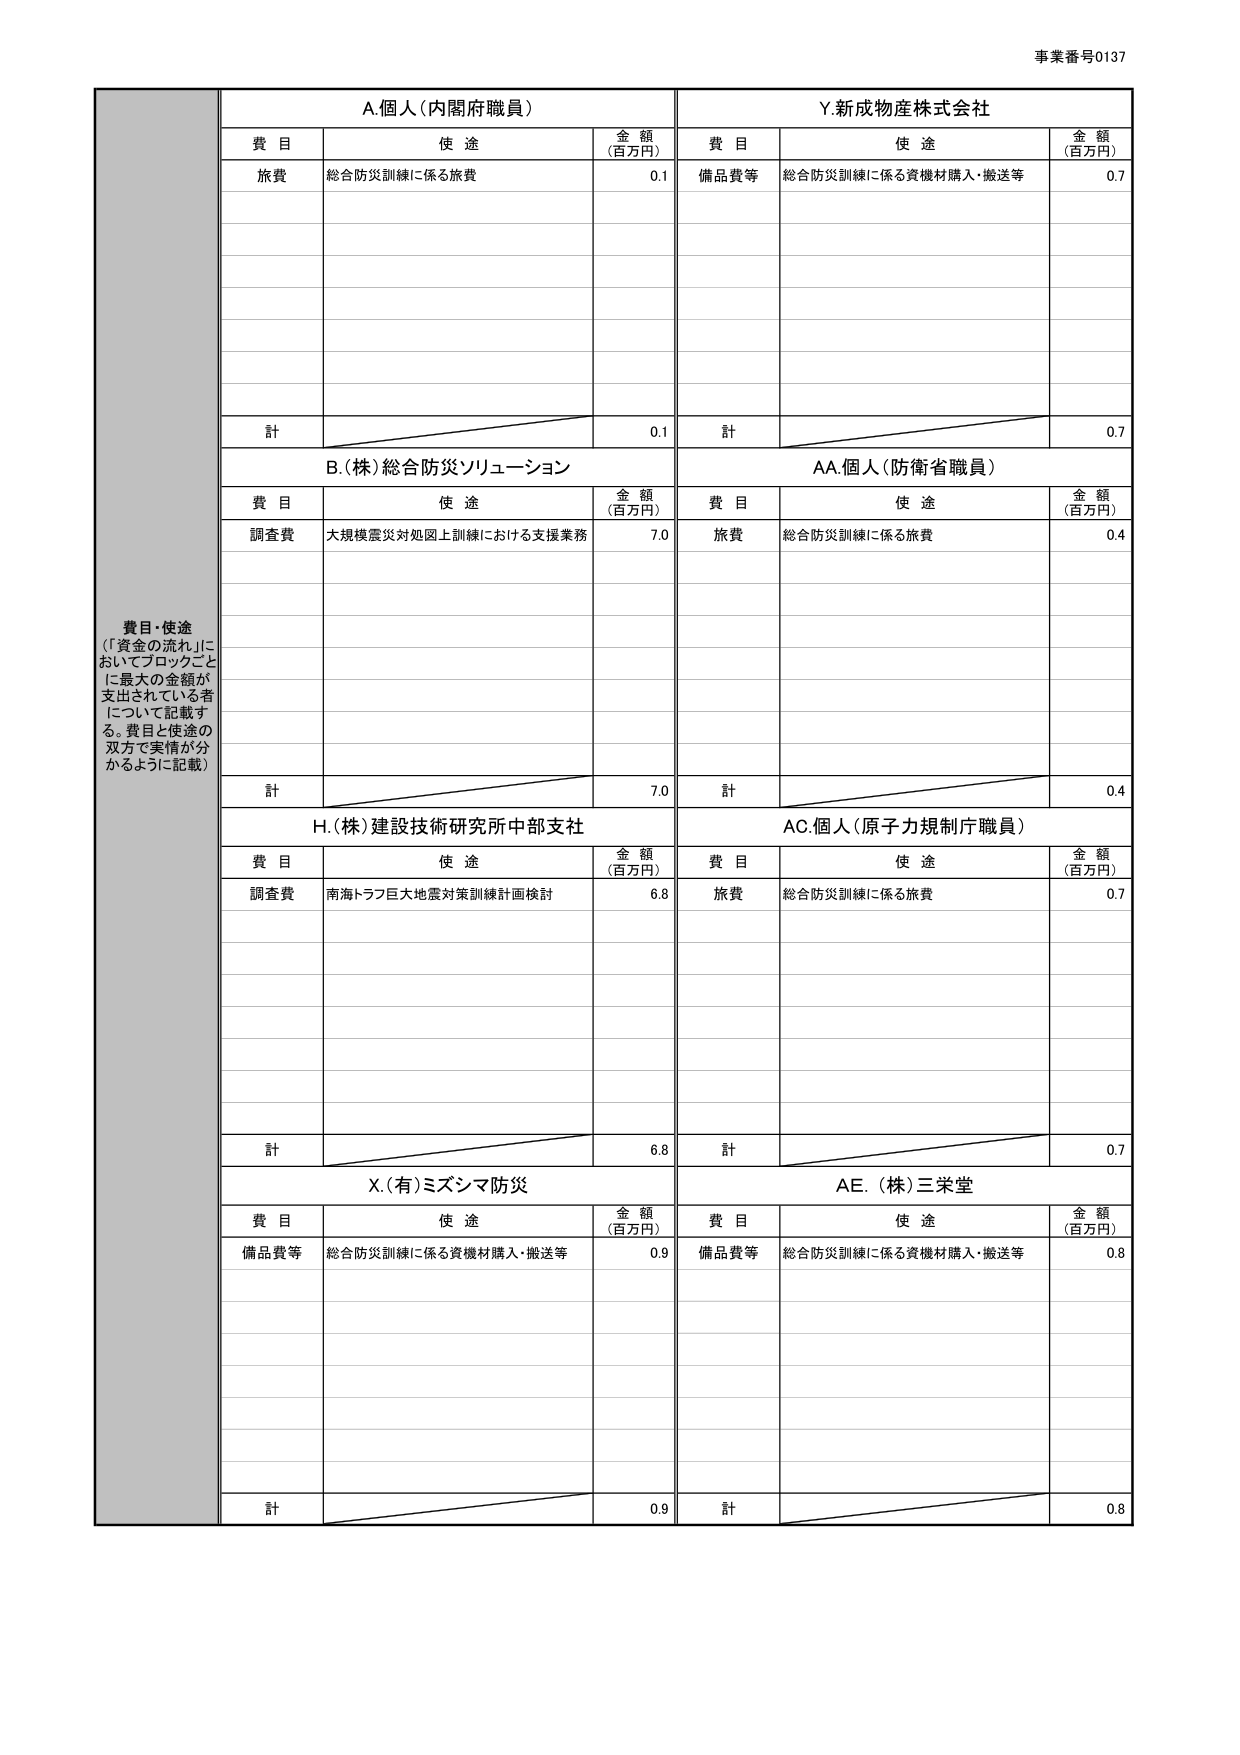
事業番号0137

費目・使途
（「資金の流れ」に
おいてブロックごと
に最大の金額が
支出されている者
について記載す
る。費目と使途の
双方で実情が分
かるように記載）

A.個人（内閣府職員）
費目　　使途　　　　　　　　　　　　金額（百万円）
旅費　　総合防災訓練に係る旅費　　　　0.1
計　　　　　　　　　　　　　　　　　0.1

Y.新成物産株式会社
費目　　使途　　　　　　　　　　　　金額（百万円）
備品費等　総合防災訓練に係る資機材購入・搬送等　0.7
計　　　　　　　　　　　　　　　　　0.7

B.（株）総合防災ソリューション
費目　　使途　　　　　　　　　　　　金額（百万円）
調査費　大規模震災対処図上訓練における支援業務　7.0
計　　　　　　　　　　　　　　　　　7.0

AA.個人（防衛省職員）
費目　　使途　　　　　　　　　　　　金額（百万円）
旅費　　総合防災訓練に係る旅費　　　　0.4
計　　　　　　　　　　　　　　　　　0.4

H.（株）建設技術研究所中部支社
費目　　使途　　　　　　　　　　　　金額（百万円）
調査費　南海トラフ巨大地震対策訓練計画検討　6.8
計　　　　　　　　　　　　　　　　　6.8

AC.個人（原子力規制庁職員）
費目　　使途　　　　　　　　　　　　金額（百万円）
旅費　　総合防災訓練に係る旅費　　　　0.7
計　　　　　　　　　　　　　　　　　0.7

X.（有）ミズシマ防災
費目　　使途　　　　　　　　　　　　金額（百万円）
備品費等　総合防災訓練に係る資機材購入・搬送等　0.9
計　　　　　　　　　　　　　　　　　0.9

AE.（株）三栄堂
費目　　使途　　　　　　　　　　　　金額（百万円）
備品費等　総合防災訓練に係る資機材購入・搬送等　0.8
計　　　　　　　　　　　　　　　　　0.8